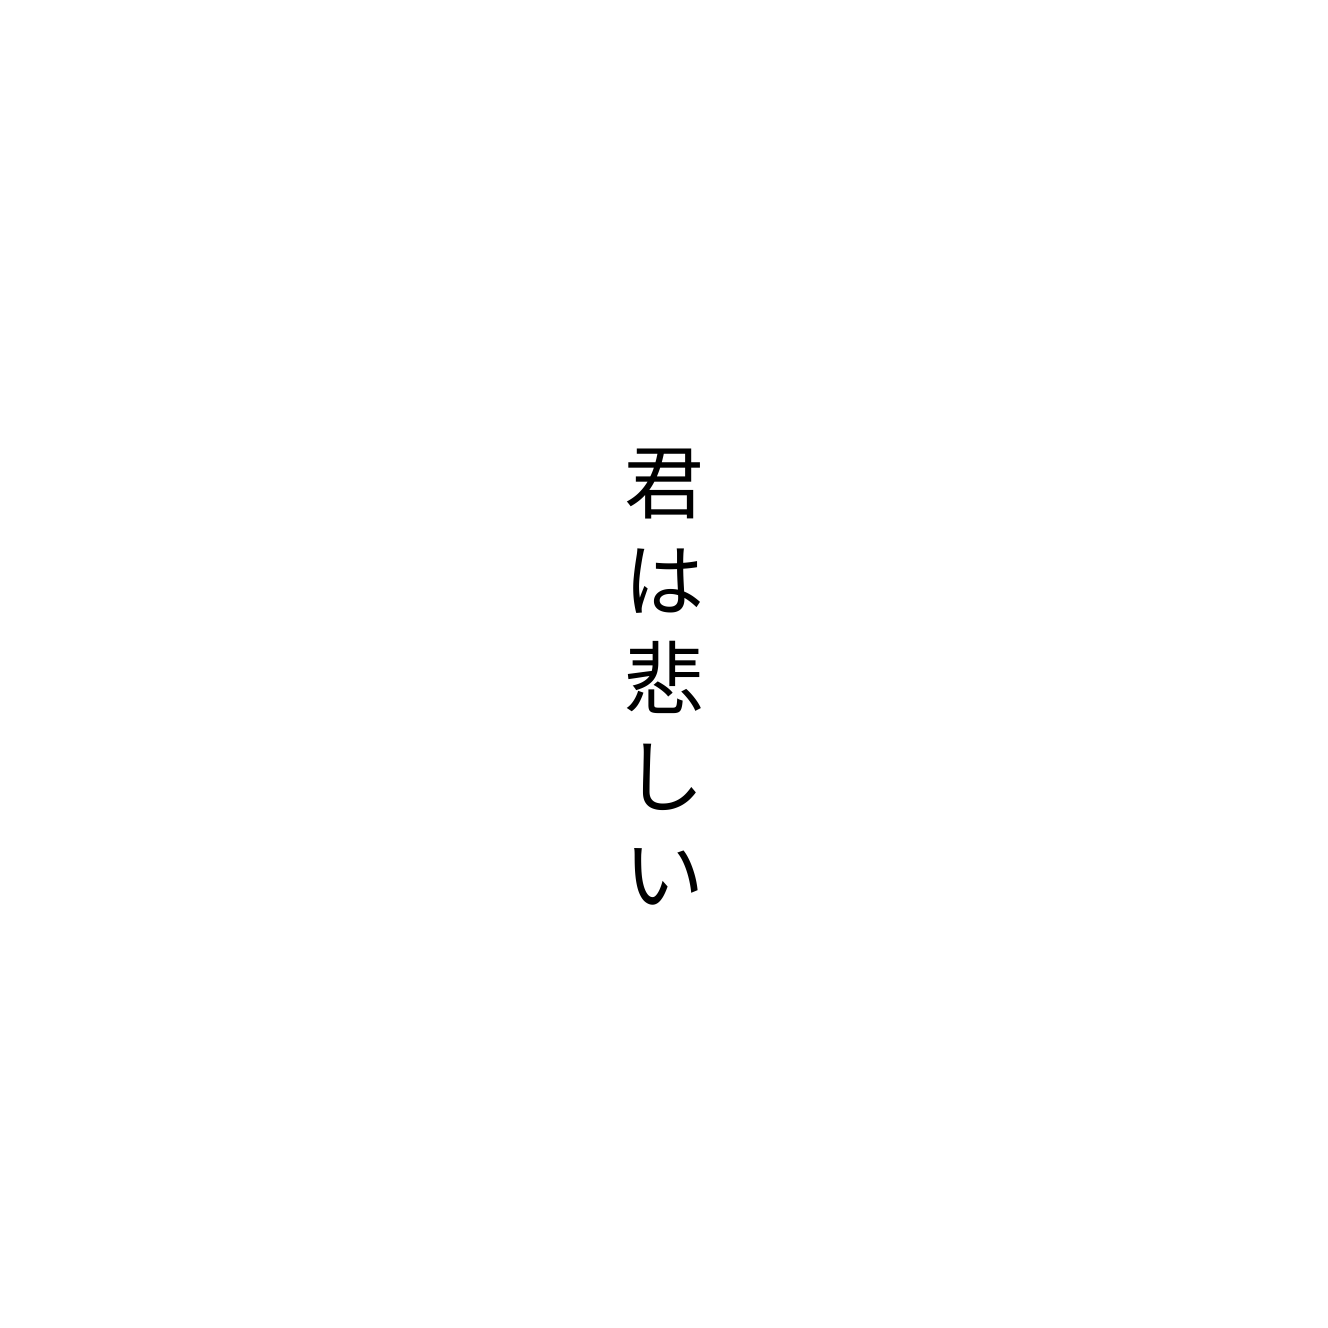
君は悲しい